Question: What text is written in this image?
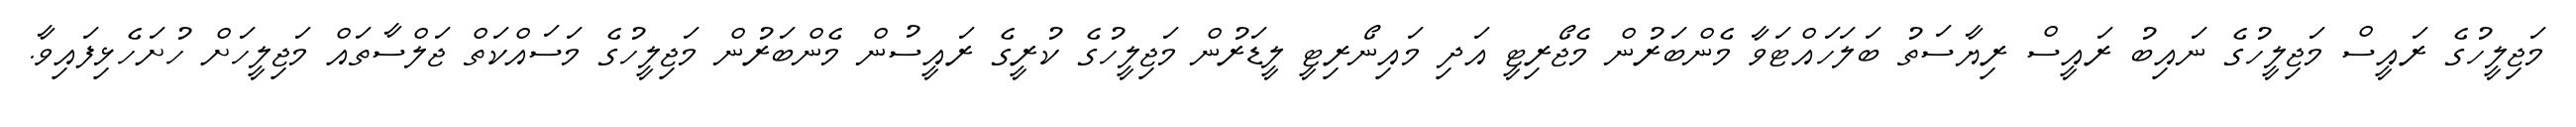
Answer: މަޖިލީހުގެ ރައީސް މަޖިލީހުގެ ނައިބު ރައީސް ރިޔާސަތު ބަލަހައްޓަވާ މެންބަރުން މެޖޯރިޓީ އަދި މައިނޯރިޓީ ލީޑަރުން މަޖިލީހުގެ ކުރީގެ ރައީސުން މެންބަރުން މަޖިލީހުގެ މަސައްކަތް ޖަލްސާތައް މަޖިލީހަށް ހުށަހެޅިފައިވާ.